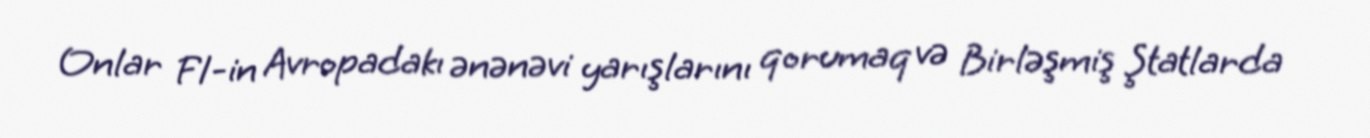
Onlar F1-in Avropadakı ənənəvi yarışlarını qorumaq və Birləşmiş Ştatlarda